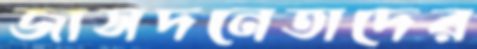
জাসদনেতাদের